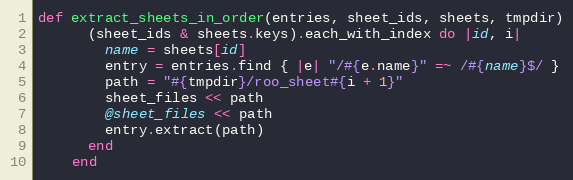
Language: Ruby
def extract_sheets_in_order(entries, sheet_ids, sheets, tmpdir)
      (sheet_ids & sheets.keys).each_with_index do |id, i|
        name = sheets[id]
        entry = entries.find { |e| "/#{e.name}" =~ /#{name}$/ }
        path = "#{tmpdir}/roo_sheet#{i + 1}"
        sheet_files << path
        @sheet_files << path
        entry.extract(path)
      end
    end